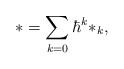
\begin{align*}*=\sum\limits_{k=0}\hbar^k*_k,\end{align*}